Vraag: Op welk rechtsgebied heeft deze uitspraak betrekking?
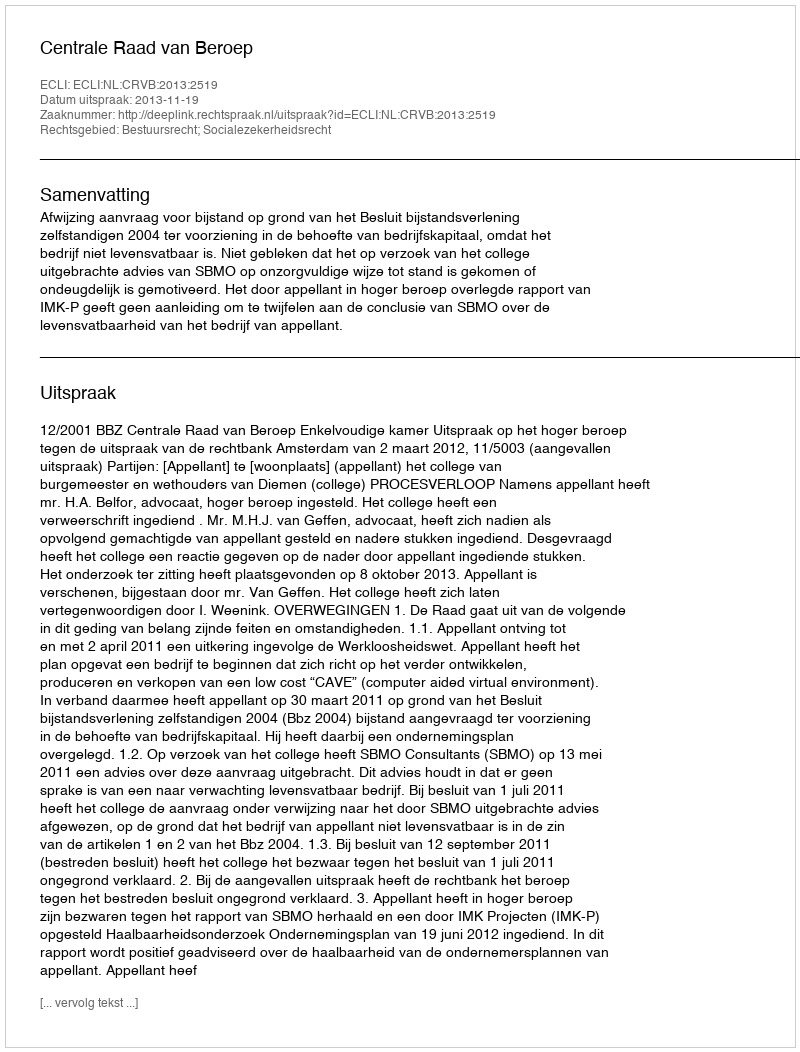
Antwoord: Bestuursrecht; Socialezekerheidsrecht